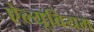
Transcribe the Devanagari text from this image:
ऐल्यूवियम